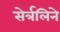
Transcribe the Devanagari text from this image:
सेर्त्रलिने